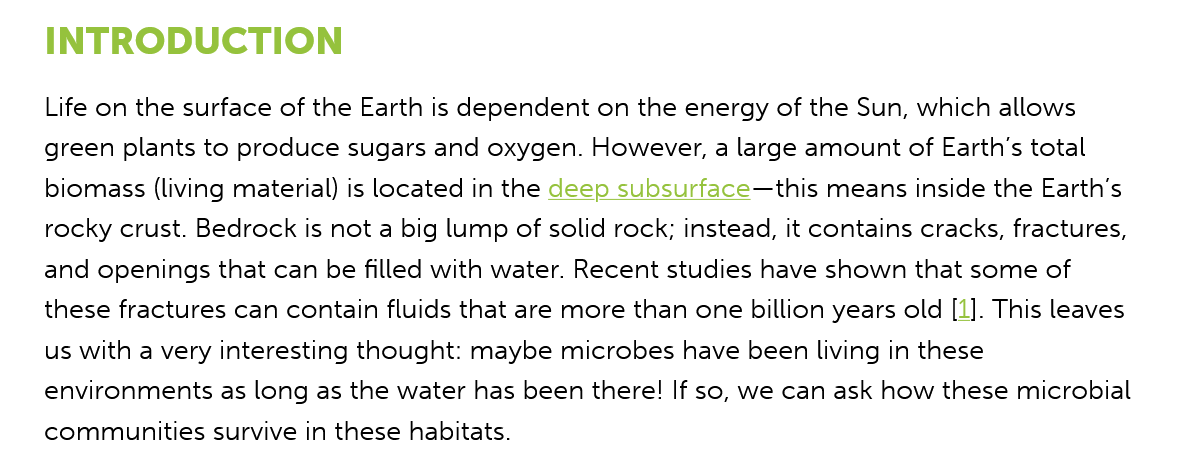
INTRODUCTION
    Life on the surface of the Earth is dependent on the energy of the Sun, which allows
    green plants to produce sugars and oxygen. However, a large amount of Earth's total
    biomass (living material) is located in the deep subsurface—this means inside the Earth's
    rocky crust. Bedrock is not a big lump of solid rock; instead, it contains cracks, fractures,
    and openings that can be filled with water. Recent studies have shown that some of
    these fractures can contain fluids that are more than one billion years old [1]. This leaves
    us with a very interesting thought: maybe microbes have been living in these
    environments as long as the water has been there! If so, we can ask how these microbial
    communities survive in these habitats.